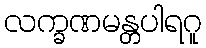
လက္ခဏမန္တပါရဂူ